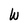
Character: W